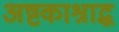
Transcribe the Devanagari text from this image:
अष्टकाश्राद्ध